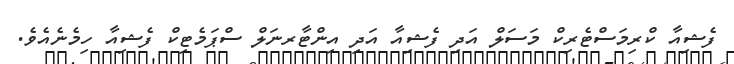
ފެޝިއާ ކްރިމަސްޓެރިކް މަސަލް އަދި ފެޝިއާ އަދި އިންޓާރނަލް ސްޕަމެޓިކް ފެޝިއާ ހިމެނެއެވެ.